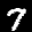
Label: 7